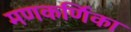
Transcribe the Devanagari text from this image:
मणकर्णिका